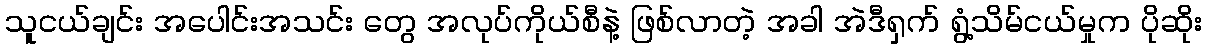
သူငယ်ချင်း အပေါင်းအသင်း တွေ အလုပ်ကိုယ်စီနဲ့ ဖြစ်လာတဲ့ အခါ အဲဒီရှက် ရွံ့သိမ်ငယ်မှုက ပိုဆိုး